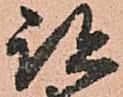
跡